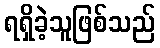
ရရှိခဲ့သူဖြစ်သည်